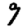
Digit: 9